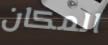
المكان